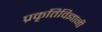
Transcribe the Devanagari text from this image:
प्रकृतिविज्ञानी